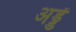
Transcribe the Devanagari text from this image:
अड्डें